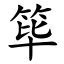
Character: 筚